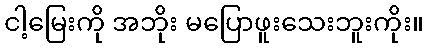
ငါ့မြေးကို အဘိုး မပြောဖူးသေးဘူးကိုး။